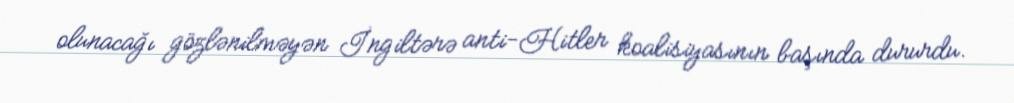
olunacağı gözlənilməyən İngiltərə anti-Hitler koalisiyasının başında dururdu.